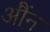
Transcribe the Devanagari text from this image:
औंन